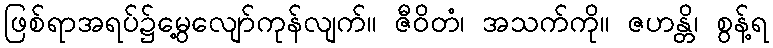
ဖြစ်ရာအရပ်၌မွေ့လျော်ကုန်လျက်။ ဇီဝိတံ၊ အသက်ကို။ ဇဟန္တိ၊ စွန့်ရ